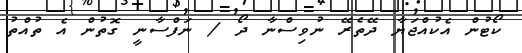
ކޯޓުން އެކުއްޖަޔާ ދޭތެރޭ ނުވިސްނާ ދޯ / ނަފްސާނީ ގޮތުން އެ ތުއްތު